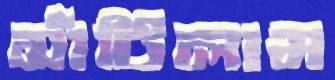
সাঁটিলাম